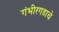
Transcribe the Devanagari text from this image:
गंभीरगडाचे